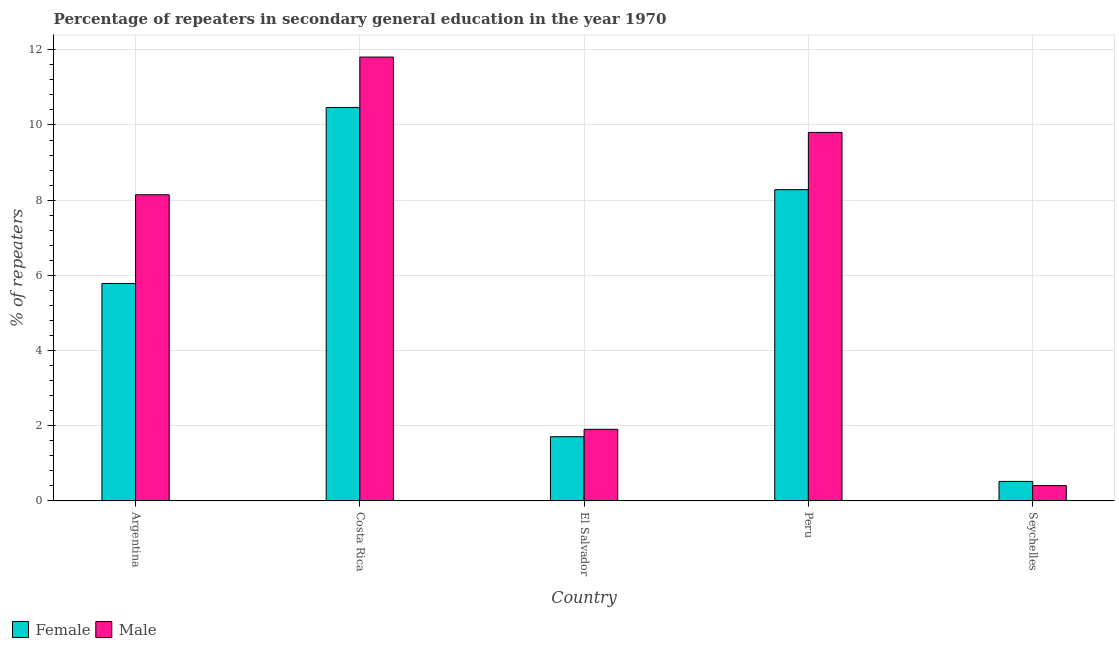
| Country | Female | Male |
 | --- | --- | --- |
 | Argentina | 5.78 | 8.14 |
 | Costa Rica | 10.5 | 11.8 |
 | El Salvador | 1.71 | 1.91 |
 | Peru | 8.28 | 9.8 |
 | Seychelles | 0.52 | 0.409 |